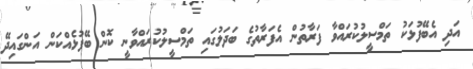
އަދި އެބޭފުޅަކު ތަމްސީލުކުރައްވާ ފަރާތުން އެފަރާތުގެ ބަދަލުގައި ތަމްސީލުކުރައްވާނީ ކޮން ބޭފުޅެއްކަން އަންގައިދޭ